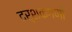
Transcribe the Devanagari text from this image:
दर्शकगणों